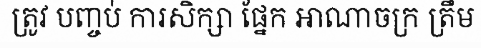
ត្រូវ បញ្ចប់ ការសិក្សា ផ្នែក អាណាចក្រ ត្រឹម